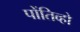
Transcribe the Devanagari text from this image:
पोंतिव्हो